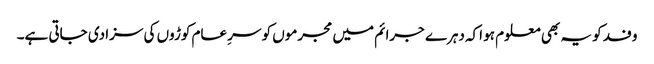
وفد کو یہ بھی معلوم ہو اکہ دہرے جرائم میں مجرموں کو سرِ عام کوڑوں کی سزا دی جاتی ہے۔